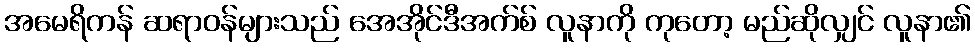
အမေရိကန် ဆရာဝန်များသည် အေအိုင်ဒီအက်စ် လူနာကို ကုတော့ မည်ဆိုလျှင် လူနာ၏